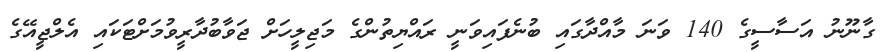
ގާނޫނު އަސާސީގެ 140 ވަނަ މާއްދާގައި ބުނެފައިވަނީ ރައްޔިތުންގެ މަޖިލީހަށް ޖަވާބުދާރީވުމަށްޓަކައި އެލްޖީއޭގެ